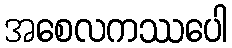
အစေလကဿပေါ